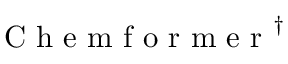
\mathrm { ~ C ~ h ~ e ~ m ~ f ~ o ~ r ~ m ~ e ~ r ~ } ^ { \dagger }